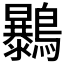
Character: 𪇰